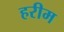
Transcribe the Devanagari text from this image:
हरीम